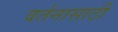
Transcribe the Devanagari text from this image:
वर्तनासाठी